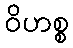
ဝိဟစ္စ